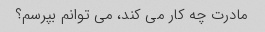
مادرت چه کار می کند، می توانم بپرسم؟